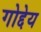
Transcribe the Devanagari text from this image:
गोद्देय